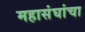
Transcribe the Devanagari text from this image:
महासंघांचा